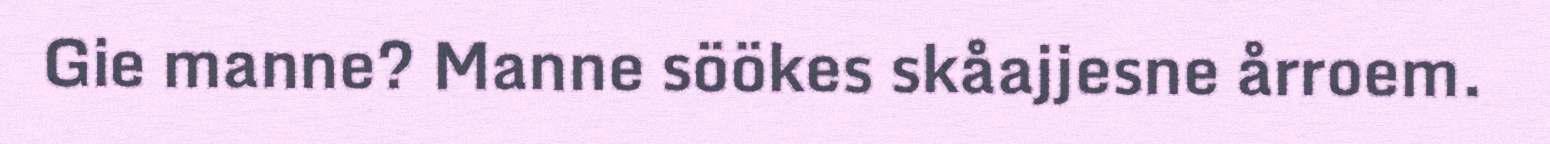
Gie manne? Manne söökes skåajjesne årroem.